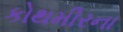
કોથમીરના